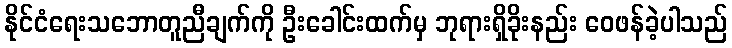
နိုင်ငံရေးသဘောတူညီချက်ကို ဦးခေါင်းထက်မှ ဘုရားရှိခိုးနည်း ဝေဖန်ခဲ့ပါသည်